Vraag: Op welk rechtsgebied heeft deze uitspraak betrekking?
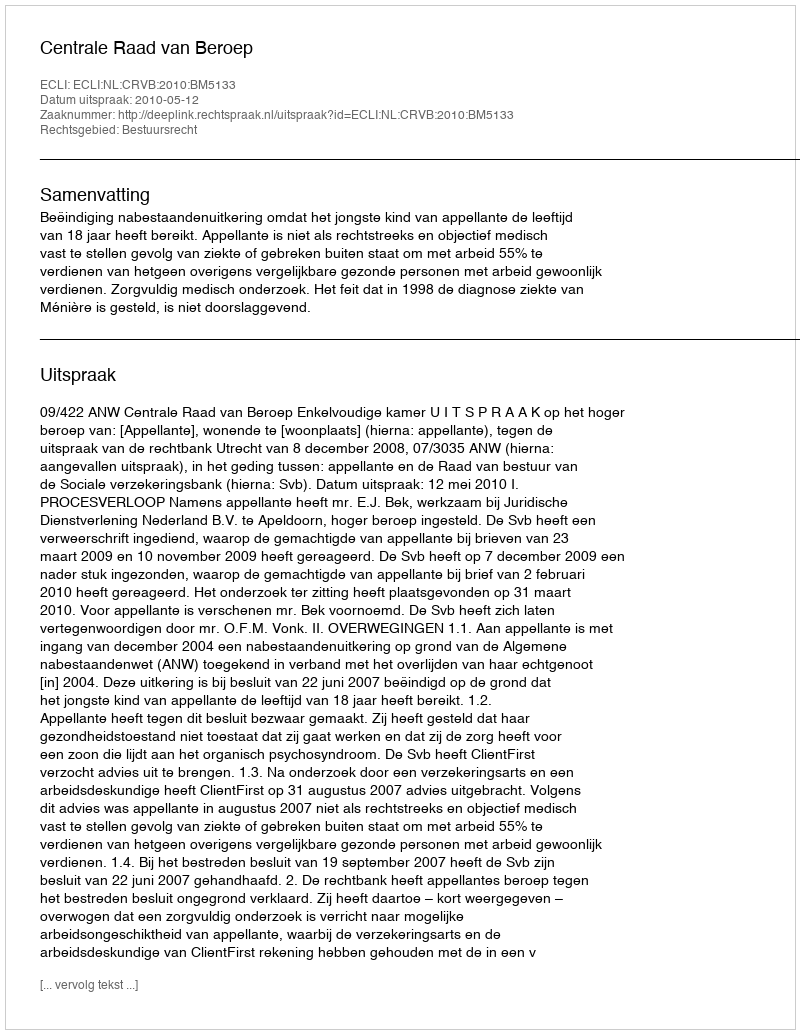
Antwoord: Bestuursrecht